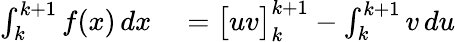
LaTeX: \begin{array}{rl}{\int_{k}^{k+1}f(x)\, dx}&{{}={\bigl[}uv{\bigr]}_{k}^{k+1}-\int_{k}^{k+1}v\, du}\end{array}